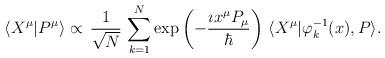
LaTeX: \begin{align*}\langle X^\mu|P^\mu\rangle\propto\,\frac{1}{\sqrt{N}}\,\sum^N_{k=1}\exp\left(-\frac{\imath x^\mu P_\mu}{\hbar}\right)\,\langle X^\mu|\varphi^{-1}_k(x),P\rangle.\end{align*}